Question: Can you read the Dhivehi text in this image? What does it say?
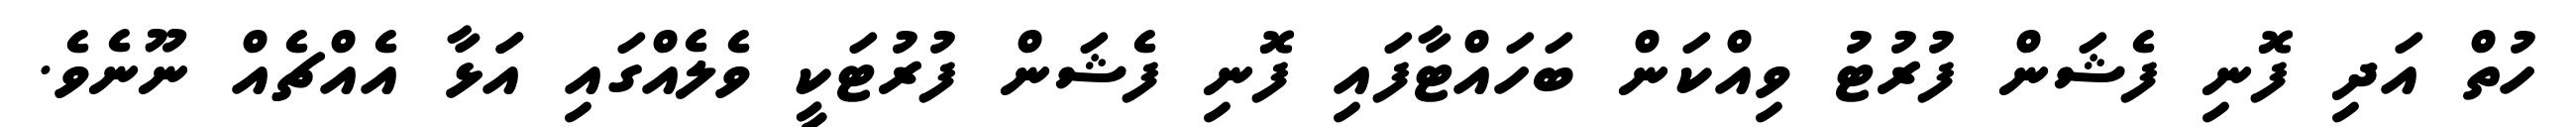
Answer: ހުތް އަދި ފޮނި ފެޝަން ފުރުޓު ވިއްކަން ބަހައްޓާފައި ފޮނި ފެޝަން ފުރުޓަކީ ވެލެއްގައި އަަޅާ އެއްޗެއް ނޫނެވެ.